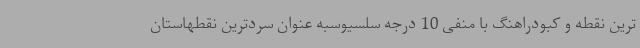
ترین نقطه و کبودراهنگ با منفی 10 درجه سلسیوسبه عنوان سردترین نقطهاستان